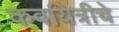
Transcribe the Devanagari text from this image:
कवयित्रीचे